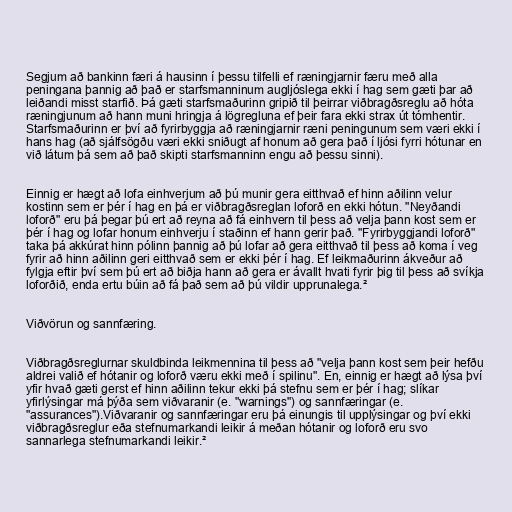
Segjum að bankinn færi á hausinn í þessu tilfelli ef ræningjarnir færu með alla
peningana þannig að það er starfsmanninum augljóslega ekki í hag sem gæti þar að
leiðandi misst starfið. Þá gæti starfsmaðurinn gripið til þeirrar viðbragðsreglu að hóta
ræningjunum að hann muni hringja á lögregluna ef þeir fara ekki strax út tómhentir.
Starfsmaðurinn er því að fyrirbyggja að ræningjarnir ræni peningunum sem væri ekki í
hans hag (að sjálfsögðu væri ekki sniðugt af honum að gera það í ljósi fyrri hótunar en
við látum þá sem að það skipti starfsmanninn engu að þessu sinni).

Einnig er hægt að lofa einhverjum að þú munir gera eitthvað ef hinn aðilinn velur
kostinn sem er þér í hag en þá er viðbragðsreglan loforð en ekki hótun. "Neyðandi
loforð" eru þá þegar þú ert að reyna að fá einhvern til þess að velja þann kost sem er
þér í hag og lofar honum einhverju í staðinn ef hann gerir það. "Fyrirbyggjandi loforð"
taka þá akkúrat hinn pólinn þannig að þú lofar að gera eitthvað til þess að koma í veg
fyrir að hinn aðilinn geri eitthvað sem er ekki þér í hag. Ef leikmaðurinn ákveður að
fylgja eftir því sem þú ert að biðja hann að gera er ávallt hvati fyrir þig til þess að svíkja
loforðið, enda ertu búin að fá það sem að þú vildir upprunalega.²

Viðvörun og sannfæring.

Viðbragðsreglurnar skuldbinda leikmennina til þess að "velja þann kost sem þeir hefðu
aldrei valið ef hótanir og loforð væru ekki með í spilinu". En, einnig er hægt að lýsa því
yfir hvað gæti gerst ef hinn aðilinn tekur ekki þá stefnu sem er þér í hag; slíkar
yfirlýsingar má þýða sem viðvaranir (e. "warnings") og sannfæringar (e.
"assurances").Viðvaranir og sannfæringar eru þá einungis til upplýsingar og því ekki
viðbragðsreglur eða stefnumarkandi leikir á meðan hótanir og loforð eru svo
sannarlega stefnumarkandi leikir.²